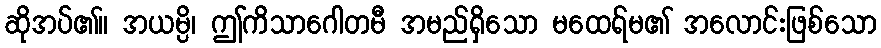
ဆိုအပ်၏။ အယမ္ပိ၊ ဤကိသာဂေါတမီ အမည်ရှိသော မထေရ်မ၏ အလောင်းဖြစ်သော